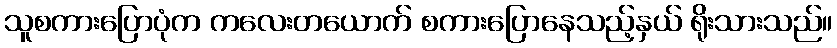
သူစကားပြောပုံက ကလေးတယောက် စကားပြောနေသည့်နှယ် ရိုးသားသည်။